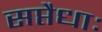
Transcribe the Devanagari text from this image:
सप्तैधाः